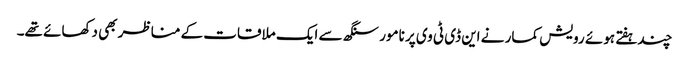
چندہفتے ہوئے رویش کمار نے این ڈی ٹی وی پر نامور سنگھ سے ایک ملاقات کے مناظر بھی دکھائے تھے۔